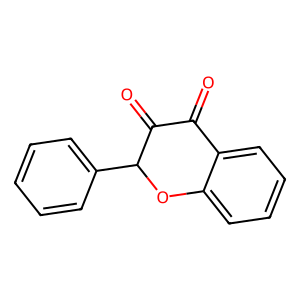
SMILES: O=C1C(=O)C(c2ccccc2)Oc2ccccc21
Inhibits HIV replication: No